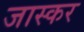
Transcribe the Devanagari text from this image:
जास्कर